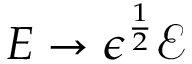
E \rightarrow \epsilon ^ { \frac { 1 } { 2 } } \mathcal { E }